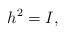
LaTeX: \begin{align*}h^2=I,\end{align*}